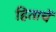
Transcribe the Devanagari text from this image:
हिताचें